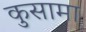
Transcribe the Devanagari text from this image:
कुसामा